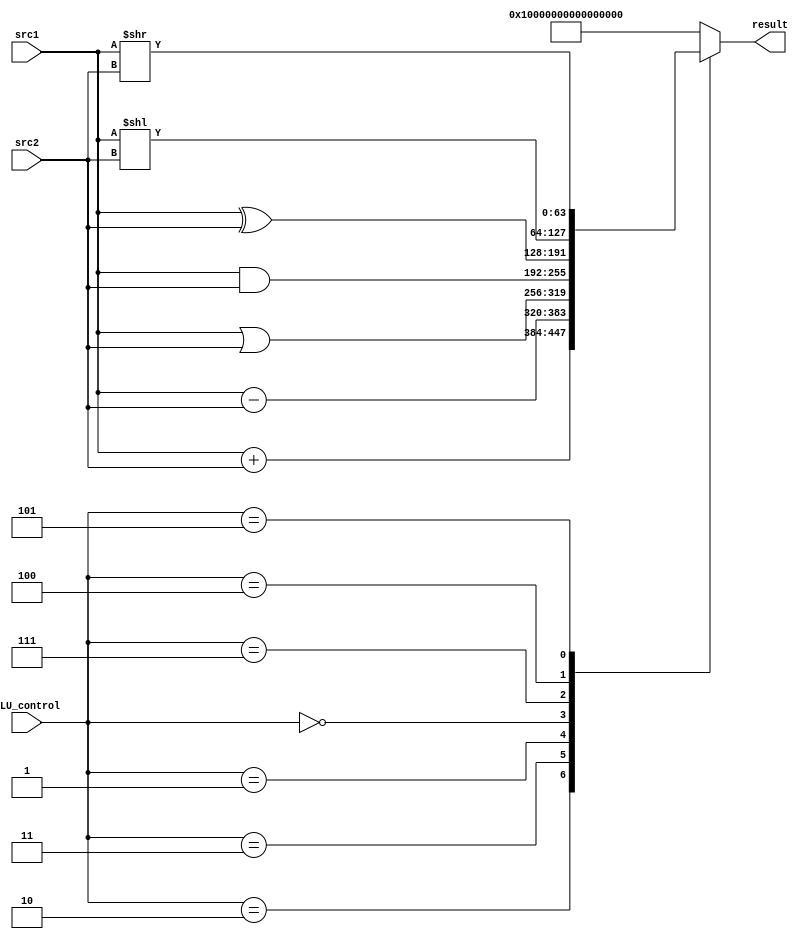
`timescale 1ns/1ps

module ALU #(
    parameter ADDR_W = 64,
    parameter DATA_W = 64
)(
       src1,          
       src2,      
       ALU_control,  
       result,               
       //zero
);

input   [DATA_W-1:0]    src1;
input   [DATA_W-1:0]    src2;
input   [4-1:0]         ALU_control;

output reg [DATA_W-1:0]    result;
//output reg                 zero;

//reg     [DATA_W-1:0]    result;
//reg                     zero;


always@(*) begin
    //zero = 0;
    case(ALU_control) 
        4'b0010: begin
            /*	LD & ADDI& ADD	*/
            result = src1 + src2;
        end
        //4'b0110: begin
        //    /*	BEQ	*/
        //    result = 64'b0;
        //    zero   = (src1==src2)? 1:0;
        //end
        //4'b1001: begin
        //    /*	BNE	*/
        //    result = 64'b0;
        //    zero   = (src1!=src2)? 1:0;
        //end
        4'b0011: begin
            /*	SUB	*/
            result = src1 - src2;
            //$display("rs1: %d, rs2: %d", src1, src2);
        end
        4'b0001: begin
            /*	OR & ORI */
            result = src1 | src2;
        end
        4'b0000: begin
            /*	AND	& ANDI*/
            result = src1 & src2;
        end
        4'b0111: begin
            /*	XOR	& XORI*/
            result = src1 ^ src2;
        end
        4'b0100: begin
            /*	SLLI	*/
            result = src1 << src2;
        end
        4'b0101: begin
            /*	SRLI	*/
            result = src1 >> src2;
        end
        default:
            /*	DO NOT TOUCH HERE	*/
            result = 64'hffffffffffffffff; 
    endcase
end

endmodule